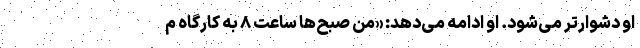
او دشوارتر می‌شود. او ادامه می‌دهد: «من صبح‌ها ساعت ۸ به کارگاه م